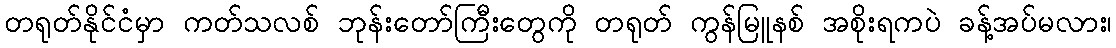
တရုတ်နိုင်ငံမှာ ကတ်သလစ် ဘုန်းတော်ကြီးတွေကို တရုတ် ကွန်မြူနစ် အစိုးရကပဲ ခန့်အပ်မလား၊